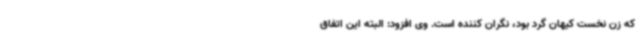
که زن نخست کیهان گرد بود، نگران کننده است. وی افزود: البته این اتفاق